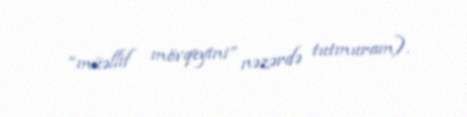
“müəllif mövqeyini” nəzərdə tutmuram).